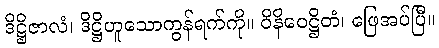
ဒိဋ္ဌိဇာလံ၊ ဒိဋ္ဌိဟူသောကွန်ရက်ကို။ ဝိနိဝေဋ္ဌိတံ၊ ဖြေအပ်ပြီ။